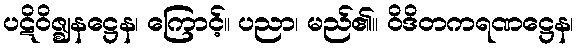
ပဋိဝိဇ္ဈနဋ္ဌေန၊ ကြောင့်။ ပညာ၊ မည်၏။ ဝိဒိတကရဏဋ္ဌေန၊